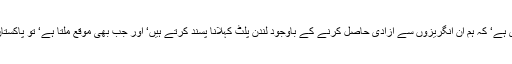
اس انگریز نے تو شاید رواروی میں یہ بات کہہ دی ہو گی لیکن یہ بات بہت ہی گہری ہے‘ کہ ہم ان انگریزوں سے آزادی حاصل کرنے کے باوجود لندن پلٹ کہلانا پسند کرتے ہیں‘ اور جب بھی موقع ملتا ہے‘ تو پاکستان میں کمائی گئی دولت کو ان کے ملک میں جا کر خرچ کرنے کو ترجیح دیتے ہیں‘ ۔